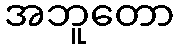
အဘူတော